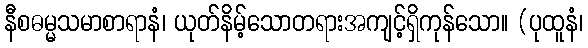
နီစဓမ္မသမာစာရာနံ၊ ယုတ်နိမ့်သောတရားအကျင့်ရှိကုန်သော။ (ပုထူနံ၊